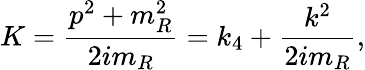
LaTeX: K=\frac{p^{2}+m_{R}^{2}}{2im_{R}}=k_{4}+\frac{k^{2}}{2im_{R}},